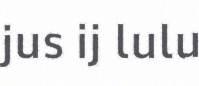
jus ij lulu